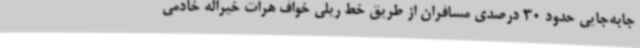
جابه‌جایی حدود 30 درصدی مسافران از طریق خط ریلی خواف هرات خیراله خادمی